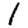
Digit: 1